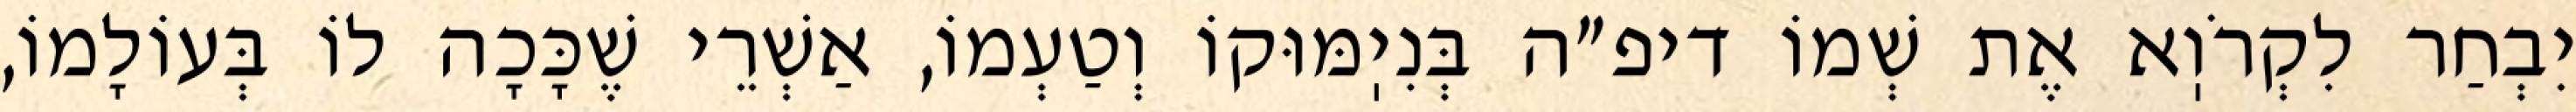
יִבְחַר לִקְרֹוֽא אֶת שְׁמוֹ דיפ״ה בְּנִיֽמּוּקוֹ וְטַעְמוֹ, אַשְׁרֵי שֶׁכָּכָה לוֹ בְּעוֹלָמוֹ,